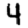
Digit: 4